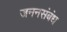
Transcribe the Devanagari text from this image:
जननसंबंध